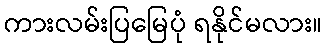
ကားလမ်းပြမြေပုံ ရနိုင်မလား။